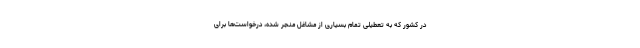
در کشور که به تعطیلی تمام بسیاری از مشاغل منجر شده، درخواست‌ها برای